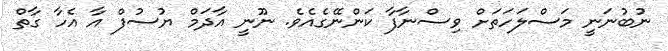
ނުބުނަނީ މަސްލަހަތަށް ވިސްނާފާ ކަންނޭގެއެވެ. ނޫނީ އާދަމް ޔުސުފް އާ އެހާ ގާތް